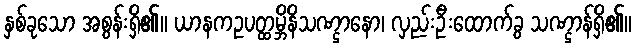
နှစ်ခုသော အစွန်းရှိ၏။ ယာနကဥပတ္ထမ္ဘိနိသဏ္ဌာနော၊ လှည်းဦးထောက်ခွ သဏ္ဌာန်ရှိ၏။